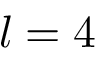
l = 4